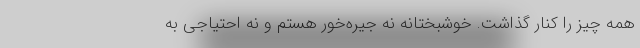
همه چیز را کنار گذاشت. خوشبختانه نه جیره‌خور هستم و نه احتیاجی به